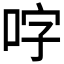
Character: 𭇬